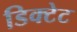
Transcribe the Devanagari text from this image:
डिक्टेट